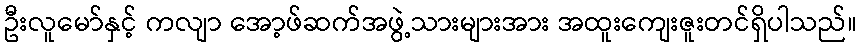
ဦးလူမော်နှင့် ကလျာ အော့ဖ်ဆက်အဖွဲ့သားများအား အထူးကျေးဇူးတင်ရှိပါသည်။